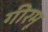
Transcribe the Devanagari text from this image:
गीरमू